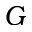
G